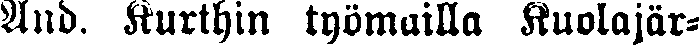
And. Kurthin työmailla Kuolajär-